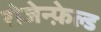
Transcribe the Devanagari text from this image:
रोजेन्फ़ेल्ड